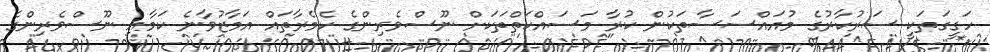
ހަގީގަތަކީ ސަރުކާރުގެ މުއައްސަސާތަކުން ކުރާ މަސައްކަތްތަކަށް ނޫސްވެެރިންގެ ކެމެރާތައް އަމާޒުވާނެ ކަމާއި ނޫސްވެރިންގެ